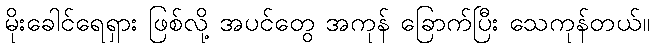
မိုးခေါင်ရေရှား ဖြစ်လို့ အပင်တွေ အကုန် ခြောက်ပြီး သေကုန်တယ်။